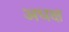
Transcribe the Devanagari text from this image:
अधक्ष